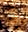
إذا